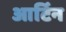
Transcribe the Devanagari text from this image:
आर्टिन